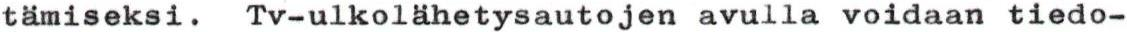
tämiseksi. Tv-ulkolähetysautojen avulla voidaan tiedo-